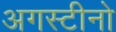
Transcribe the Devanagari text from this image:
अगस्टीनो